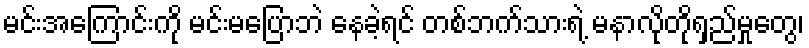
မင်းအကြောင်းကို မင်းမပြောဘဲ နေခဲ့ရင် တစ်ဘက်သားရဲ့ မနာလိုတိုရှည်မှုတွေ၊